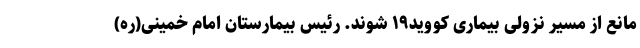
مانع از مسیر نزولی بیماری کووید۱۹ شوند. رئیس بیمارستان امام خمینی(ره)